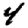
Digit: 4